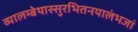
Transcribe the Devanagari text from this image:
व्यालम्बेथास्सुरभितनयालंभजां